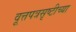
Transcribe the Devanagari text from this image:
वूत्तपत्रसृष्टीच्या